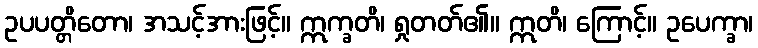
ဥပပတ္တိတော၊ အသင့်အားဖြင့်။ ဣက္ခတိ၊ ရှုတတ်၏။ ဣတိ၊ ကြောင့်။ ဥပေက္ခာ၊